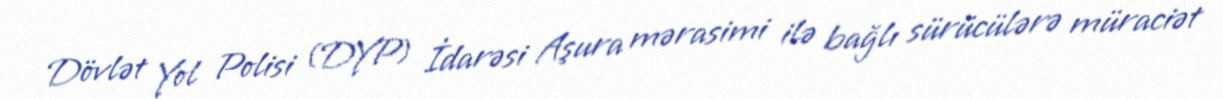
Dövlət Yol Polisi (DYP) İdarəsi Aşura mərasimi ilə bağlı sürücülərə müraciət